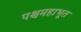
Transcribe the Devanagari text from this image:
पश्चमहाभूत